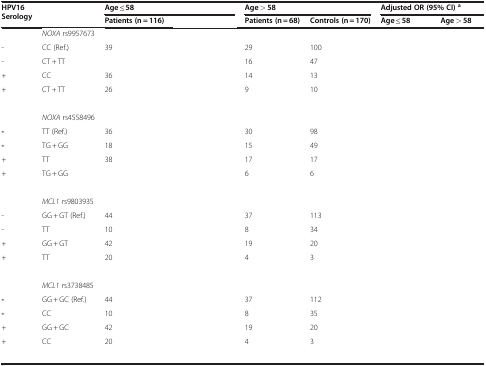
<table><thead><tr><td rowspan="2"><b>HPV16 Serology</b></td><td rowspan="2">[EMPTY_CELL]</td><td colspan="2"><b>Age ≤ 58</b></td><td colspan="2"><b>Age &gt; 58</b></td><td colspan="2"><b>Adjusted OR (95% CI) <sup>a</sup></b></td></tr><tr><td><b>Patients (n = 116)</b></td><td>[EMPTY_CELL]</td><td><b>Patients (n = 68)</b></td><td><b>Controls (n = 170)</b></td><td><b>Age ≤ 58</b></td><td><b>Age &gt; 58</b></td></tr></thead><tbody><tr><td>[EMPTY_CELL]</td><td><i>NOXA</i> rs9957673</td><td>[EMPTY_CELL]</td><td>[EMPTY_CELL]</td><td>[EMPTY_CELL]</td><td>[EMPTY_CELL]</td><td>[EMPTY_CELL]</td><td>[EMPTY_CELL]</td></tr><tr><td>-</td><td>CC (Ref.)</td><td>39</td><td>[EMPTY_CELL]</td><td>29</td><td>100</td><td>[EMPTY_CELL]</td><td>[EMPTY_CELL]</td></tr><tr><td>-</td><td>CT + TT</td><td>[EMPTY_CELL]</td><td>[EMPTY_CELL]</td><td>16</td><td>47</td><td>[EMPTY_CELL]</td><td>[EMPTY_CELL]</td></tr><tr><td>+</td><td>CC</td><td>36</td><td>[EMPTY_CELL]</td><td>14</td><td>13</td><td>[EMPTY_CELL]</td><td>[EMPTY_CELL]</td></tr><tr><td>+</td><td>CT + TT</td><td>26</td><td>[EMPTY_CELL]</td><td>9</td><td>10</td><td>[EMPTY_CELL]</td><td>[EMPTY_CELL]</td></tr><tr><td>[EMPTY_CELL]</td><td>[EMPTY_CELL]</td><td>[EMPTY_CELL]</td><td>[EMPTY_CELL]</td><td>[EMPTY_CELL]</td><td>[EMPTY_CELL]</td><td>[EMPTY_CELL]</td><td>[EMPTY_CELL]</td></tr><tr><td>[EMPTY_CELL]</td><td><i>NOXA</i> rs4558496</td><td>[EMPTY_CELL]</td><td>[EMPTY_CELL]</td><td>[EMPTY_CELL]</td><td>[EMPTY_CELL]</td><td>[EMPTY_CELL]</td><td>[EMPTY_CELL]</td></tr><tr><td><b>-</b></td><td>TT (Ref.)</td><td>36</td><td>[EMPTY_CELL]</td><td>30</td><td>98</td><td>[EMPTY_CELL]</td><td>[EMPTY_CELL]</td></tr><tr><td><b>-</b></td><td>TG + GG</td><td>18</td><td>[EMPTY_CELL]</td><td>15</td><td>49</td><td>[EMPTY_CELL]</td><td>[EMPTY_CELL]</td></tr><tr><td>+</td><td>TT</td><td>38</td><td>[EMPTY_CELL]</td><td>17</td><td>17</td><td>[EMPTY_CELL]</td><td>[EMPTY_CELL]</td></tr><tr><td>+</td><td>TG + GG</td><td>[EMPTY_CELL]</td><td>[EMPTY_CELL]</td><td>6</td><td>6</td><td>[EMPTY_CELL]</td><td>[EMPTY_CELL]</td></tr><tr><td>[EMPTY_CELL]</td><td>[EMPTY_CELL]</td><td>[EMPTY_CELL]</td><td>[EMPTY_CELL]</td><td>[EMPTY_CELL]</td><td>[EMPTY_CELL]</td><td>[EMPTY_CELL]</td><td>[EMPTY_CELL]</td></tr><tr><td>[EMPTY_CELL]</td><td><i>MCL1</i> rs9803935</td><td>[EMPTY_CELL]</td><td>[EMPTY_CELL]</td><td>[EMPTY_CELL]</td><td>[EMPTY_CELL]</td><td>[EMPTY_CELL]</td><td>[EMPTY_CELL]</td></tr><tr><td>-</td><td>GG + GT (Ref.)</td><td>44</td><td>[EMPTY_CELL]</td><td>37</td><td>113</td><td>[EMPTY_CELL]</td><td>[EMPTY_CELL]</td></tr><tr><td>-</td><td>TT</td><td>10</td><td>[EMPTY_CELL]</td><td>8</td><td>34</td><td>[EMPTY_CELL]</td><td>[EMPTY_CELL]</td></tr><tr><td>+</td><td>GG + GT</td><td>42</td><td>[EMPTY_CELL]</td><td>19</td><td>20</td><td>[EMPTY_CELL]</td><td>[EMPTY_CELL]</td></tr><tr><td>+</td><td>TT</td><td>20</td><td>[EMPTY_CELL]</td><td>4</td><td>3</td><td>[EMPTY_CELL]</td><td>[EMPTY_CELL]</td></tr><tr><td>[EMPTY_CELL]</td><td>[EMPTY_CELL]</td><td>[EMPTY_CELL]</td><td>[EMPTY_CELL]</td><td>[EMPTY_CELL]</td><td>[EMPTY_CELL]</td><td>[EMPTY_CELL]</td><td>[EMPTY_CELL]</td></tr><tr><td>[EMPTY_CELL]</td><td><i>MCL1</i> rs3738485</td><td>[EMPTY_CELL]</td><td>[EMPTY_CELL]</td><td>[EMPTY_CELL]</td><td>[EMPTY_CELL]</td><td>[EMPTY_CELL]</td><td>[EMPTY_CELL]</td></tr><tr><td><b>-</b></td><td>GG + GC (Ref.)</td><td>44</td><td>[EMPTY_CELL]</td><td>37</td><td>112</td><td>[EMPTY_CELL]</td><td>[EMPTY_CELL]</td></tr><tr><td><b>-</b></td><td>CC</td><td>10</td><td>[EMPTY_CELL]</td><td>8</td><td>35</td><td>[EMPTY_CELL]</td><td>[EMPTY_CELL]</td></tr><tr><td>+</td><td>GG + GC</td><td>42</td><td>[EMPTY_CELL]</td><td>19</td><td>20</td><td>[EMPTY_CELL]</td><td>[EMPTY_CELL]</td></tr><tr><td>+</td><td>CC</td><td>20</td><td>[EMPTY_CELL]</td><td>4</td><td>3</td><td>[EMPTY_CELL]</td><td>[EMPTY_CELL]</td></tr><tr><td>[EMPTY_CELL]</td><td>[EMPTY_CELL]</td><td>[EMPTY_CELL]</td><td>[EMPTY_CELL]</td><td>[EMPTY_CELL]</td><td>[EMPTY_CELL]</td><td>[EMPTY_CELL]</td><td>[EMPTY_CELL]</td></tr></tbody></table>